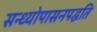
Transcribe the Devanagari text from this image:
सन्ध्याेपासनपद्धति